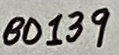
Text: BD139